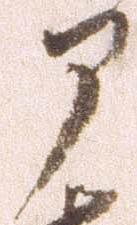
部